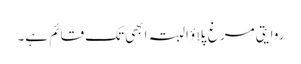
روایتی مرغ پلاؤ البتہ ابھی تک قائم ہے۔